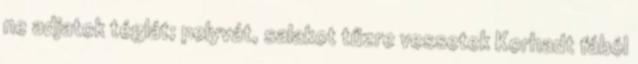
ne adjatok téglát; pelyvát, salakot tűzre vessetek Korhadt fából